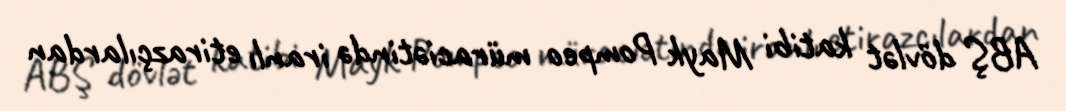
ABŞ dövlət katibi Mayk Pompeo müraciətində iranlı etirazçılardan